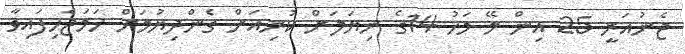
ޖެނުއަރީ 25 އިން މޭ މަހު 14ގެ ނިޔަލަށް ކުރިއަށް ގެންދިޔުމަށް ހަމަޖެހިފައިވާ